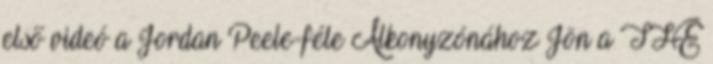
első videó a Jordan Peele-féle Alkonyzónához Jön a THE